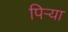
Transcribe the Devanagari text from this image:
पिऱ्या